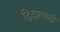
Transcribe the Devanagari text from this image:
द्विदशाब्दी